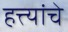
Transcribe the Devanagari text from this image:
हत्त्यांचे